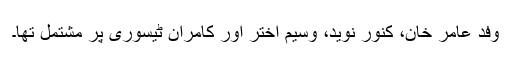
وفد عامر خان، کنور نوید، وسیم اختر اور کامران ٹیسوری پر مشتمل تھا۔